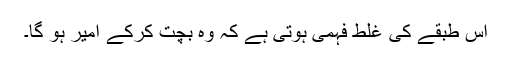
اِس طبقے کی غلط فہمی ہوتی ہے کہ وہ بچت کرکے امیر ہو گا۔